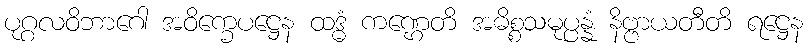
ပုဂ္ဂလဝိဘာဂေါ အဝိက္ခေပဋ္ဌေန ထဒ္ဓံ ကဏ္ဌေတိ အဓိစ္စသမုပ္ပန္နံ နိဗ္ဗာယတီတိ ရဋ္ဌေန